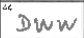
Transcription: DWW